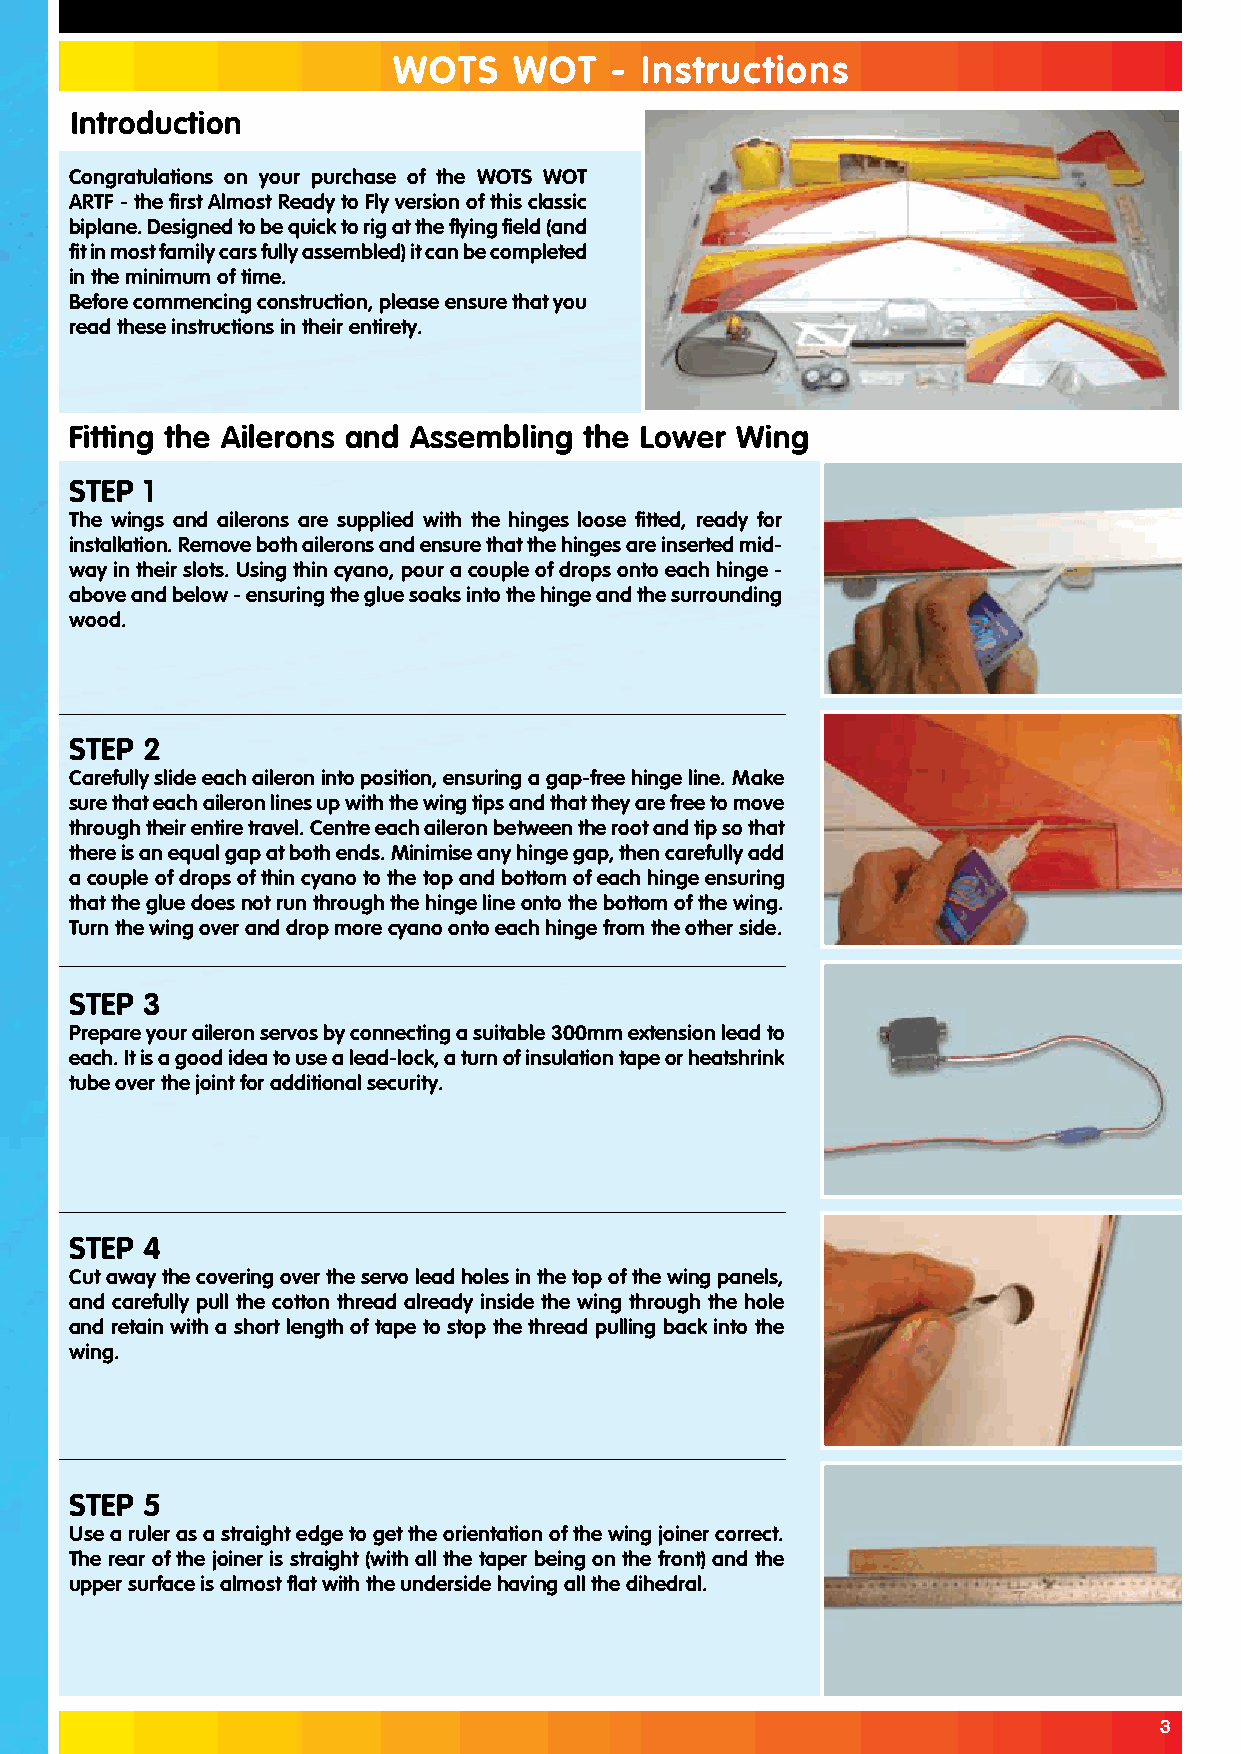
WOTS    WOT   - Instructions
 Introduction
 Congratulations on your purchase of the WOTS WOT
 ARTF - the first Almost Ready to Fly version of this classic
 biplane. Designed to be quick to rig at the flying field (and
 fit in most family cars fully assembled) it can be completed
 in the minimum of time.
 Before commencing construction, please ensure that you
 read these instructions in their entirety.
 Fitting the Ailerons and Assembling the Lower Wing
 STEP 1
 The wings and ailerons are supplied with the hinges loose fitted, ready for
 installation. Remove both ailerons and ensure that the hinges are inserted mid-
 way in their slots. Using thin cyano, pour a couple of drops onto each hinge -
 above and below - ensuring the glue soaks into the hinge and the surrounding
 wood.
 STEP 2
 Carefully slide each aileron into position, ensuring a gap-free hinge line. Make
 sure that each aileron lines up with the wing tips and that they are free to move
 through their entire travel. Centre each aileron between the root and tip so that
 there is an equal gap at both ends. Minimise any hinge gap, then carefully add
 a couple of drops of thin cyano to the top and bottom of each hinge ensuring
 that the glue does not run through the hinge line onto the bottom of the wing.
 Turn the wing over and drop more cyano onto each hinge from the other side.
 STEP 3
 Prepare your aileron servos by connecting a suitable 300mm extension lead to
 each. It is a good idea to use a lead-lock, a turn of insulation tape or heatshrink
 tube over the joint for additional security.
 STEP 4
 Cut away the covering over the servo lead holes in the top of the wing panels,
 and carefully pull the cotton thread already inside the wing through the hole
 and retain with a short length of tape to stop the thread pulling back into the
 wing.
 STEP 5
 Use a ruler as a straight edge to get the orientation of the wing joiner correct.
 The rear of the joiner is straight (with all the taper being on the front) and the
 upper surface is almost flat with the underside having all the dihedral.
 3